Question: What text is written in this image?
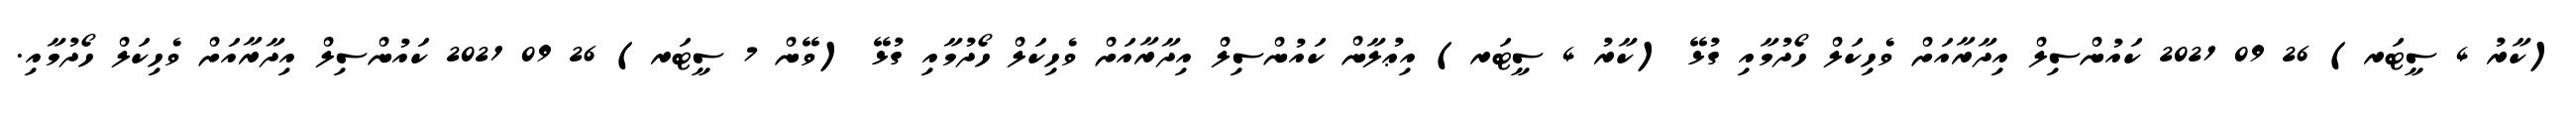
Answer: (ކާރު 4 ސީޓަރ) 26 09 2021 ކައުންސިލް އިދާރާއަށް ވެހިކަލް ހޯދުމާއި ގުޅޭ (ކާރު 4 ސީޓަރ) އިޢުލާން ކައުންސިލް އިދާރާއަށް ވެހިކަލް ހޯދުމާއި ގުޅޭ (ވޭން 7 ސީޓަރ) 26 09 2021 ކައުންސިލް އިދާރާއަށް ވެހިކަލް ހޯދުމާއި.